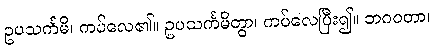
ဥပသင်္ကမိ၊ ကပ်လေ၏။ ဥပသင်္ကမိတွာ၊ ကပ်လေပြီး၍။ ဘဂဝတာ၊